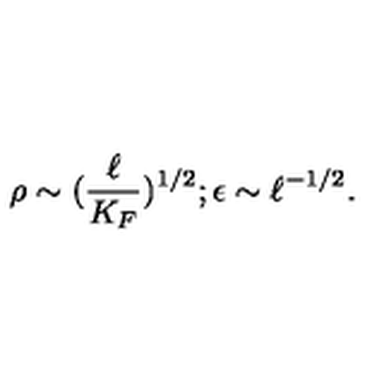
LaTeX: \rho \sim ( \frac { \ell } { K _ { F } } ) ^ { 1 / 2 } ; \epsilon \sim \ell ^ { - 1 / 2 } .